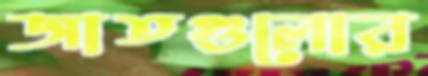
জাতগুলোর